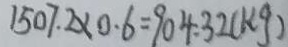
1 5 0 7 . 2 \times 0 . 6 = 9 0 4 . 3 2 ( k g )